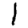
Digit: 1